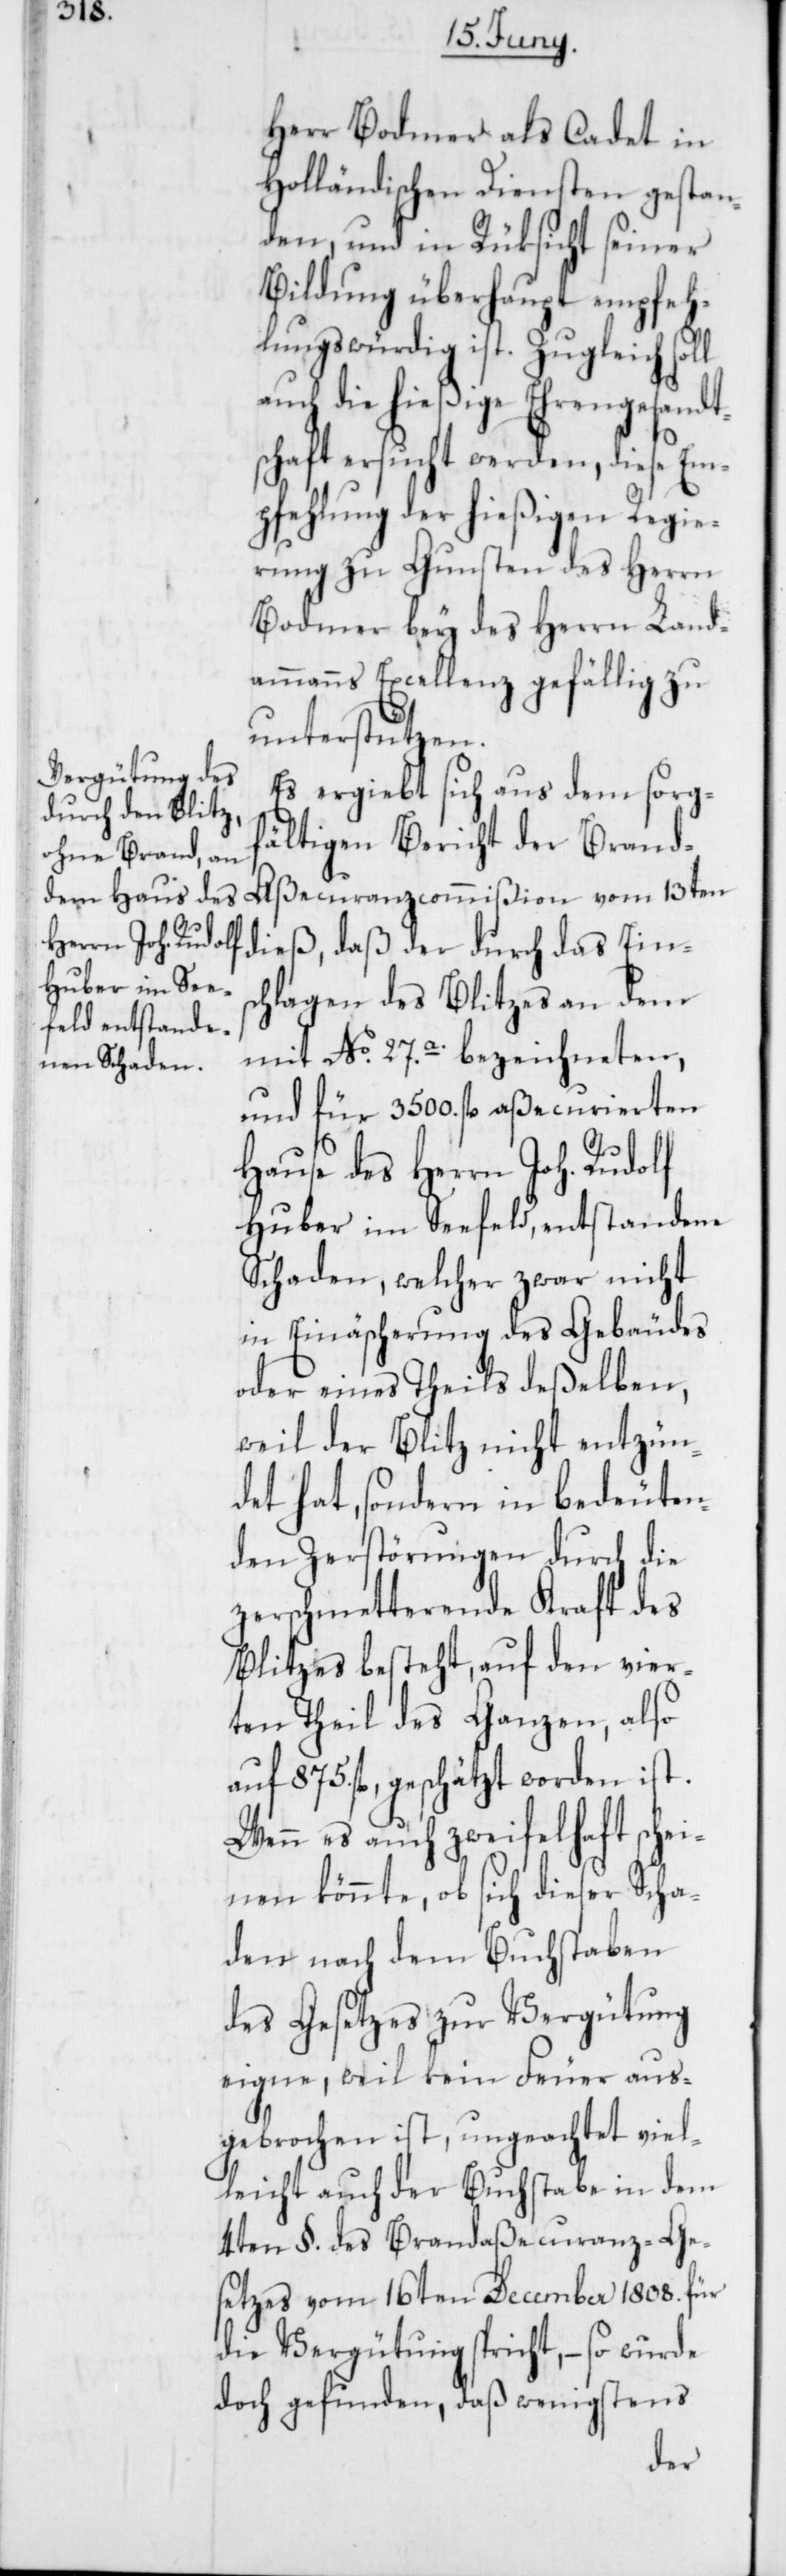
Herr Bodmer als Cadet in
Holländischen Diensten gestan¬
den, und in Rüksicht seiner
Bildung überhaupt empfeh¬
lungswürdig ist. Zugleich soll
auch die hießige Ehrengesandts¬
chaft ersucht werden, diese Em¬
pfehlung der hießigen Regie¬
rung zu Gunsten des Herrn
Bodmer bey des Herrn Land¬
ammanns Excellenz gefällig zu
unterstützen.
Es ergiebt sich aus dem sorg¬
fältigen Bericht der Brand-A¬
ßecuranzcommißion vom 13ten
dieß, daß der durch das Eins¬
chlagen des Blitzes an dem
mit No. 27.a. bezeichneten,
und für 3500. fl. aßecurierten
Hause des Herrn Joh. Rudolf
Huber im Seefeld, entstandene
Schaden, welcher zwar nicht
in Einäscherung des Gebäudes
oder eines Theil deßelben,
weil der Blitz nicht entzün¬
det hat, sondern in bedeuten¬
den Zerstörungen durch die
zerschmetterende Kraft des
Blitzes besteht, auf den vier¬
ten Theil des Ganzen, also
auf 875. fl. geschätzt worden ist.
Wenn es auch zweifelhaft schei¬
nen könnte, ob sich dieser Scha¬
den nach dem Buchstaben
des Gesetzes zur Vergütung
eigne, weil kein Feuer aus¬
gebrochen ist, ungeachtet viel¬
leicht auch der Buchstabe in dem
4ten §. des Brandaßecuranz-Ge¬
setzes vom 16ten December 1808. für
die Vergütung spricht, – so wurde
doch gefunden, daß wenigstens